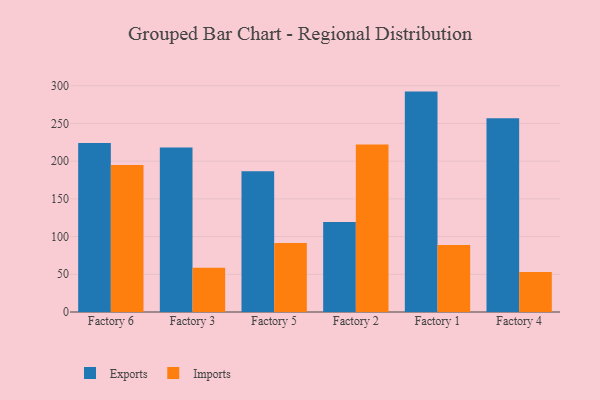
{"axis": {"x": "Factory", "y": "Humidity (%)"}, "legend": ["Exports", "Imports"], "data": [{"x": "Factory 6", "y": 224.1, "type": "Exports"}, {"x": "Factory 6", "y": 195.0, "type": "Imports"}, {"x": "Factory 3", "y": 218.1, "type": "Exports"}, {"x": "Factory 3", "y": 58.6, "type": "Imports"}, {"x": "Factory 5", "y": 186.5, "type": "Exports"}, {"x": "Factory 5", "y": 91.5, "type": "Imports"}, {"x": "Factory 2", "y": 119.2, "type": "Exports"}, {"x": "Factory 2", "y": 222.0, "type": "Imports"}, {"x": "Factory 1", "y": 292.2, "type": "Exports"}, {"x": "Factory 1", "y": 88.8, "type": "Imports"}, {"x": "Factory 4", "y": 257.0, "type": "Exports"}, {"x": "Factory 4", "y": 52.9, "type": "Imports"}]}